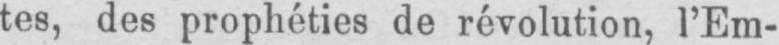
tes, des prophéties de révolution, l’Em-